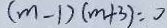
( m - 1 ) ( m + 3 ) = 0